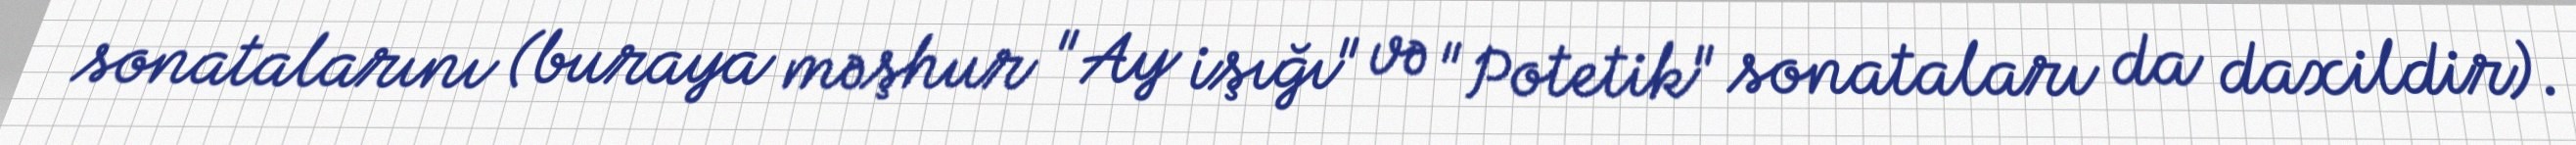
sonatalarını (buraya məşhur "Ay işığı" və "Potetik" sonataları da daxildir).